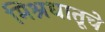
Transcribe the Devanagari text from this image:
मिश्रधातूचे